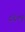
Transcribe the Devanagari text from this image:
८६०९